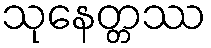
သုနေတ္တဿ